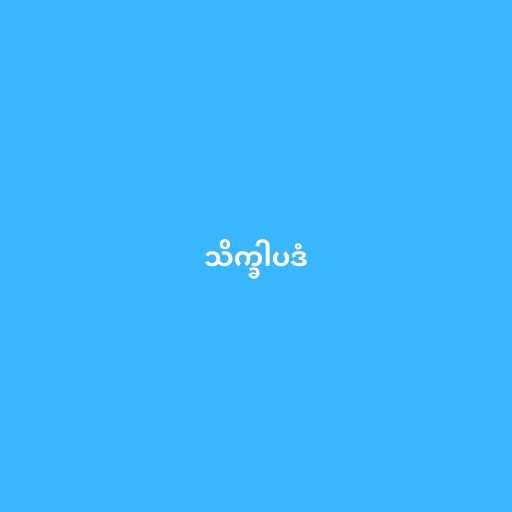
သိက္ခါပဒံ